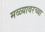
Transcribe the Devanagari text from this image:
मळ्यावरच्या